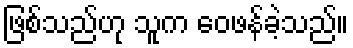
ဖြစ်သည်ဟု သူက ဝေဖန်ခဲ့သည်။